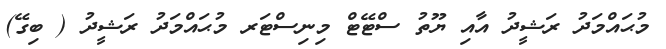
މުޙައްމަދު ރަޝީދު އާއި ޔޫތު ސްޓޭޓް މިނިސްޓަރ މުޙައްމަދު ރަޝީދު ( ބިގޭ)